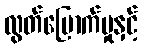
လွတ်မြောက်မှုနှင့်